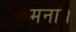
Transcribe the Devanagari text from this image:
मना।